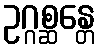
ဥဂ္ဂစ္ဆန္တေ